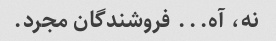
نه، آه... فروشندگان مجرد.